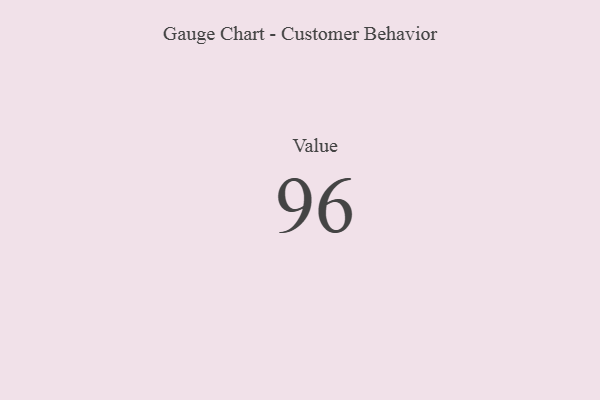
{"axis": {"x": "Metric", "y": "Value"}, "legend": [""], "data": [{"x": "Value", "y": 96, "type": ""}]}